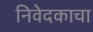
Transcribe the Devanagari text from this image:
निवेदकाचा